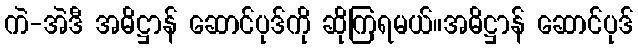
ကဲ-အဲဒီ အဓိဋ္ဌာန် ဆောင်ပုဒ်ကို ဆိုကြရမယ်။အဓိဋ္ဌာန် ဆောင်ပုဒ်